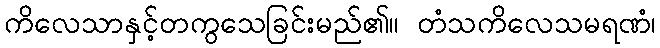
ကိလေသာနှင့်တကွသေခြင်းမည်၏။ တံသကိလေသမရဏံ၊